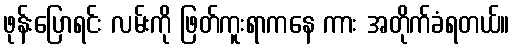
ဖုန်းပြောရင်း လမ်းကို ဖြတ်ကူးရာကနေ ကား အတိုက်ခံရတယ်။